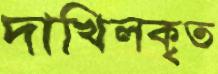
দাখিলকৃত